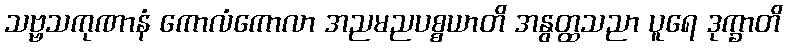
သဗ္ဗသကုဏာနံ ကောလံကောလာ အညမညပစ္စယာတိ အနွတ္ထသညာ ပူရေ ဒုက္ခာတိ